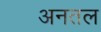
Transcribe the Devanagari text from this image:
अनतल